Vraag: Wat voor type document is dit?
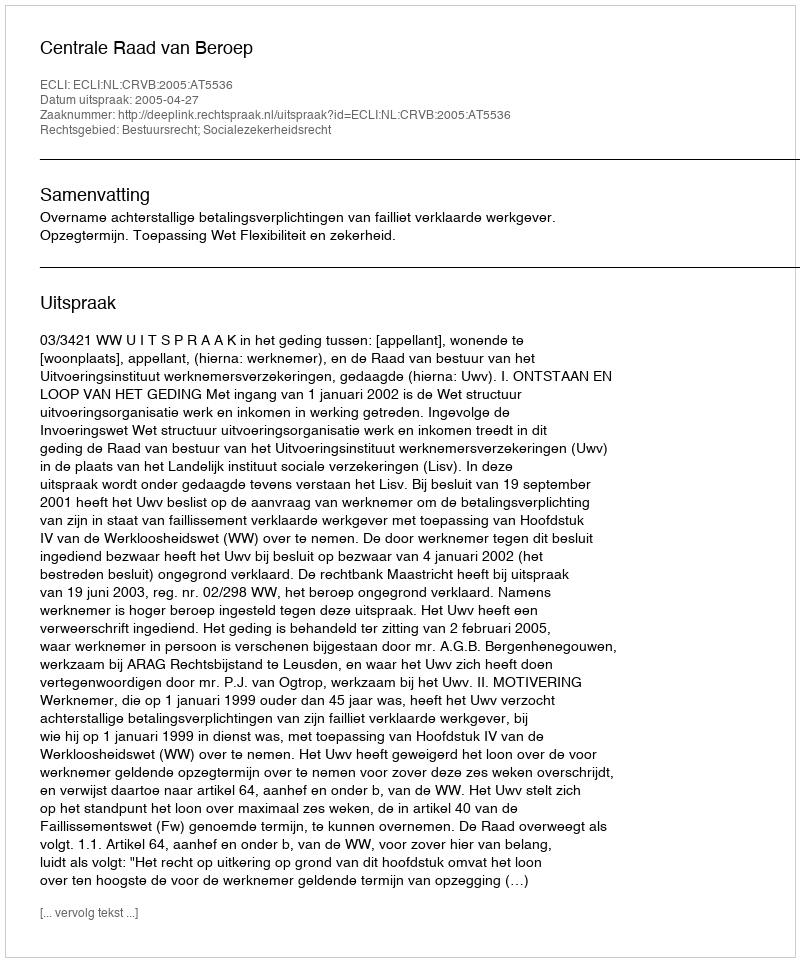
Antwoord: Uitspraak